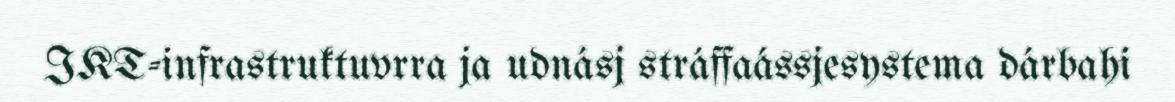
IKT-infrastruktuvrra ja udnásj stráffaássjesystema dárbahi